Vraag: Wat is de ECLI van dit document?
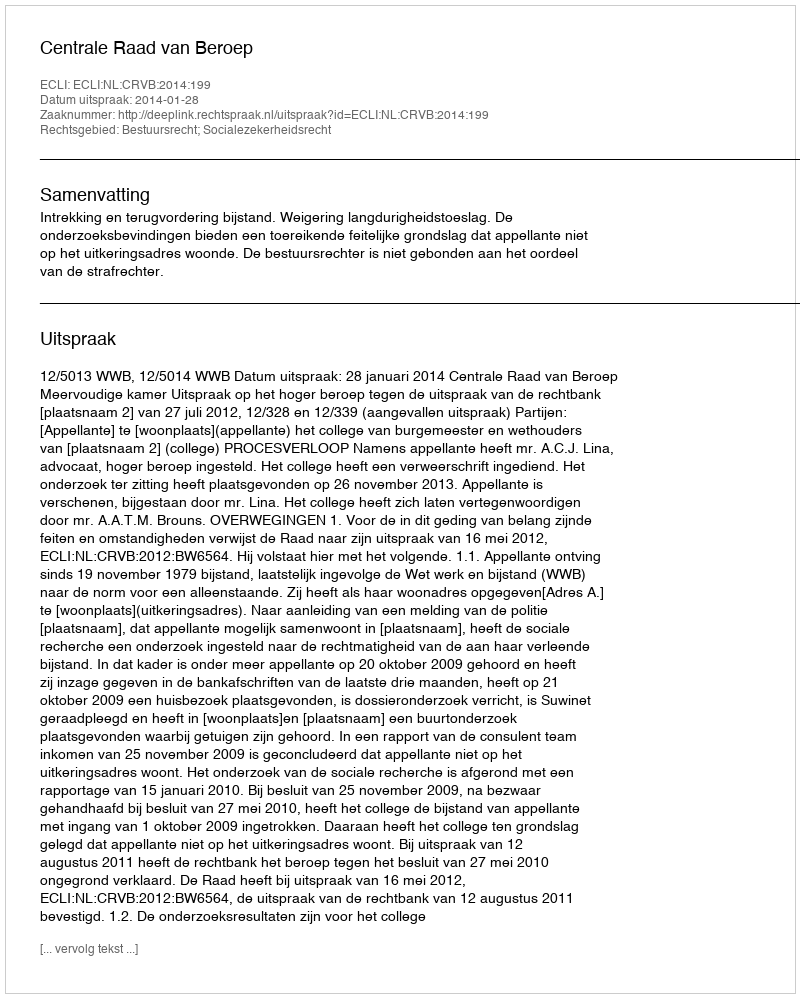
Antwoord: ECLI:NL:CRVB:2014:199